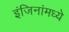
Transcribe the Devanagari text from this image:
इंजिनांमध्ये